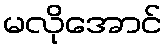
မလိုအောင်